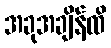
အခုအချိန်ထိ